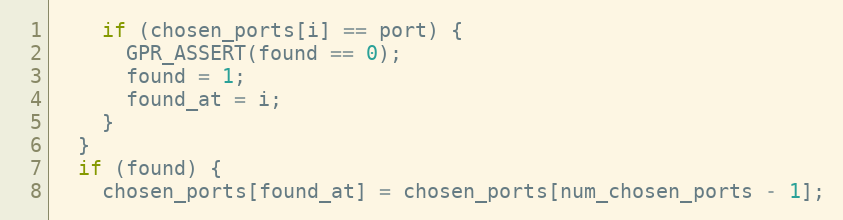
Language: C++
    if (chosen_ports[i] == port) {
      GPR_ASSERT(found == 0);
      found = 1;
      found_at = i;
    }
  }
  if (found) {
    chosen_ports[found_at] = chosen_ports[num_chosen_ports - 1];